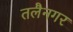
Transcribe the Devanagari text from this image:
तलैनगर